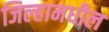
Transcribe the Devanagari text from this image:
जिल्हामधील